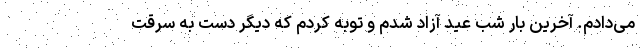
می‌دادم. آخرین بار شب عید آزاد شدم و توبه کردم که دیگر دست به سرقت